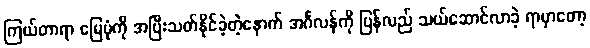
ကြယ်တာရာ မြေပုံကို အပြီးသတ်နိုင်ခဲ့တဲ့နောက် အင်္ဂလန်ကို ပြန်လည် သယ်ဆောင်လာခဲ့ ရာမှာတော့